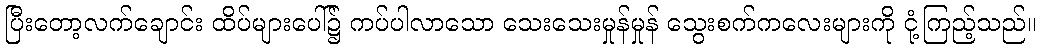
ပြီးတော့လက်ချောင်း ထိပ်များပေါ်၌ ကပ်ပါလာသော သေးသေးမှုန်မှုန် သွေးစက်ကလေးများကို ငုံ့ကြည့်သည်။